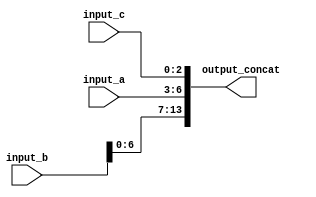
module concat_example (
    input  wire [3:0]  input_a,     // 4-bit input signal
    input  wire [7:0]  input_b,     // 8-bit input signal
    input  wire [2:0]  input_c,     // 3-bit input signal
    output wire [13:0] output_concat  // 14-bit output signal
);

// Continuous assignment using concatenation
assign output_concat = {input_b, input_a, input_c}; // Concatenate input_b, input_a, and input_c

endmodule